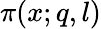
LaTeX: \pi(x;q,l)